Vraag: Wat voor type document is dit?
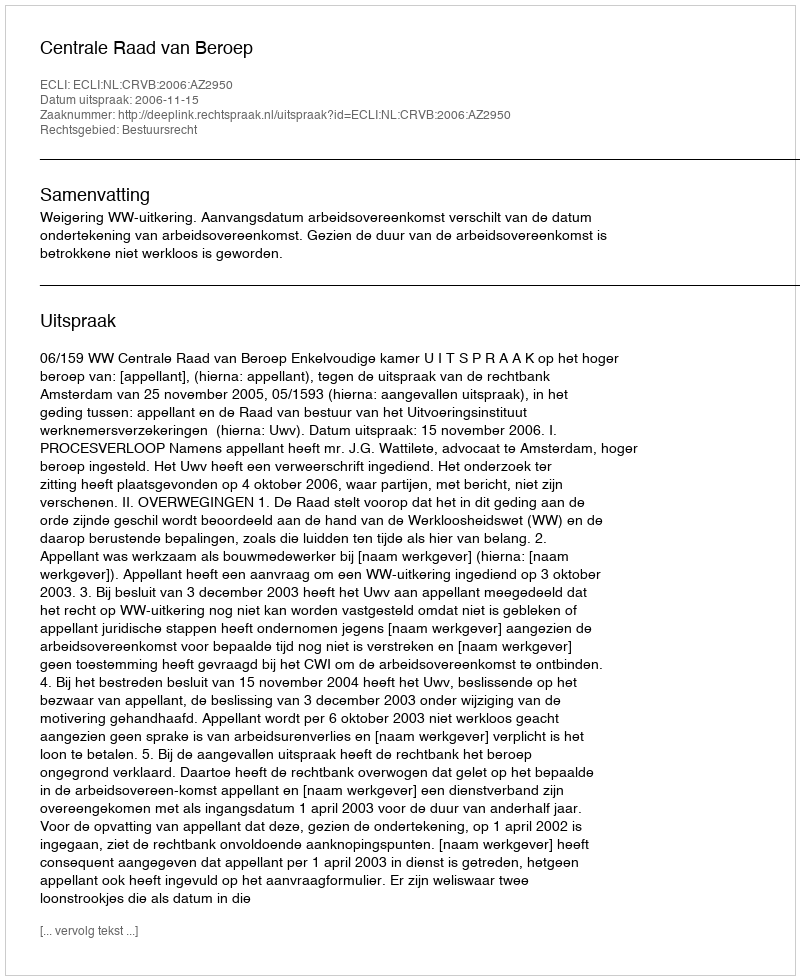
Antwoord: Uitspraak